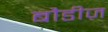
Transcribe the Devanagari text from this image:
बौडीज़